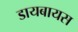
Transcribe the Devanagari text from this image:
डायबायस